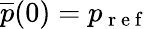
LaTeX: \overline{{p}}(0)=p_{\mathrm{~r~e~f~}}